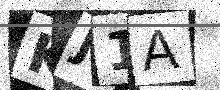
Text: KJ1A